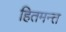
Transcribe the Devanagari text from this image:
हितमन्त